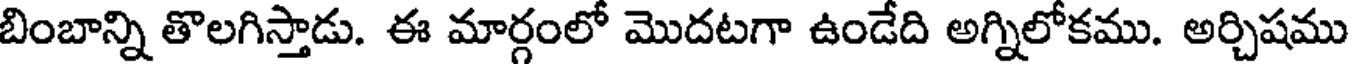
బింబాన్ని తొలగిస్తాడు. ఈ మార్గంలో మొదటగా ఉండేది అగ్నిలోకము. అర్చిషము